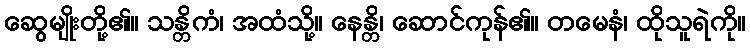
ဆွေမျိုးတို့၏။ သန္တိကံ၊ အထံသို့။ နေန္တိ၊ ဆောင်ကုန်၏။ တမေနံ၊ ထိုသူရဲကို။